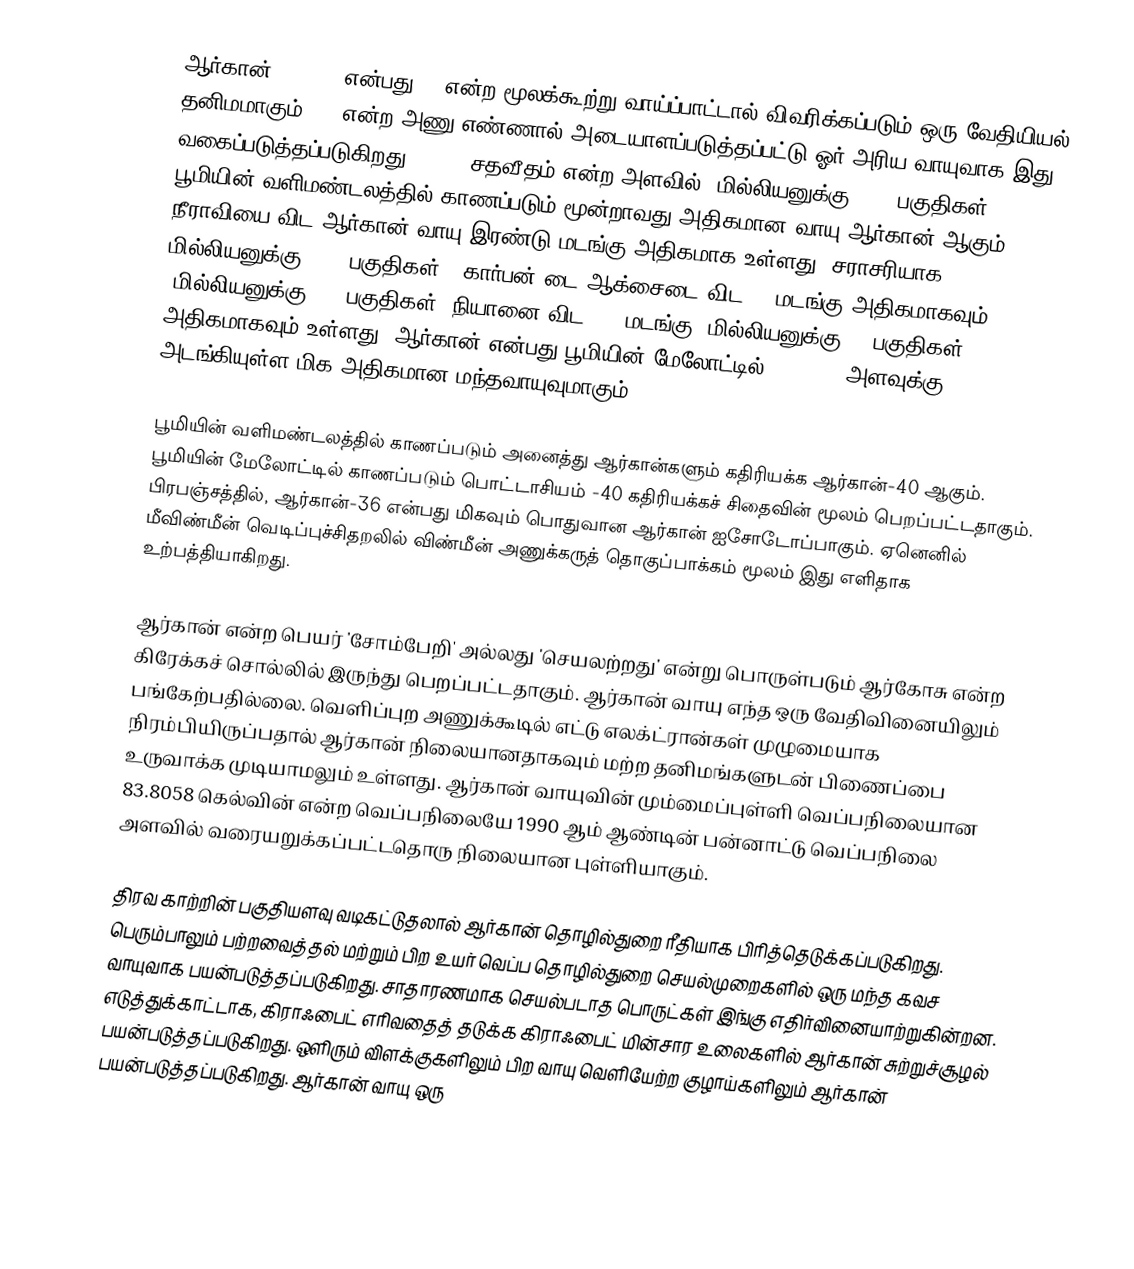
ஆர்கான் (Argon) என்பது Ar என்ற  மூலக்கூற்று வாய்ப்பாட்டால் விவரிக்கப்படும் ஒரு வேதியியல்  தனிமமாகும். 18 என்ற அணு எண்ணால் அடையாளப்படுத்தப்பட்டு ஓர் அரிய வாயுவாக இது வகைப்படுத்தப்படுகிறது.    0.934 சதவீதம் என்ற அளவில் (மில்லியனுக்கு 9340 பகுதிகள்) பூமியின் வளிமண்டலத்தில் காணப்படும் மூன்றாவது-அதிகமான வாயு ஆர்கான் ஆகும். நீராவியை விட ஆர்கான் வாயு இரண்டு மடங்கு அதிகமாக உள்ளது (சராசரியாக மில்லியனுக்கு 4000 பகுதிகள்). கார்பன் டை ஆக்சைடை விட 23 மடங்கு அதிகமாகவும் (மில்லியனுக்கு 400 பகுதிகள்)  நியானை விட 500 மடங்கு (மில்லியனுக்கு 18 பகுதிகள்) அதிகமாகவும் உள்ளது. ஆர்கான் என்பது பூமியின் மேலோட்டில் 0.00015% அளவுக்கு அடங்கியுள்ள மிக அதிகமான மந்தவாயுவுமாகும்.

பூமியின் வளிமண்டலத்தில் காணப்படும் அனைத்து ஆர்கான்களும் கதிரியக்க ஆர்கான்-40 ஆகும். பூமியின் மேலோட்டில் காணப்படும் பொட்டாசியம் -40 கதிரியக்கச் சிதைவின் மூலம் பெறப்பட்டதாகும்.  பிரபஞ்சத்தில், ஆர்கான்-36 என்பது மிகவும் பொதுவான ஆர்கான் ஐசோடோப்பாகும். ஏனெனில் மீவிண்மீன் வெடிப்புச்சிதறலில் விண்மீன் அணுக்கருத் தொகுப்பாக்கம் மூலம் இது எளிதாக உற்பத்தியாகிறது.

ஆர்கான் என்ற பெயர் 'சோம்பேறி' அல்லது 'செயலற்றது' என்று பொருள்படும்  ஆர்கோசு என்ற கிரேக்கச் சொல்லில் இருந்து பெறப்பட்டதாகும்.  ஆர்கான் வாயு எந்த ஒரு வேதிவினையிலும் பங்கேற்பதில்லை.  வெளிப்புற அணுக்கூடில் எட்டு எலக்ட்ரான்கள் முழுமையாக நிரம்பியிருப்பதால் ஆர்கான் நிலையானதாகவும் மற்ற தனிமங்களுடன் பிணைப்பை உருவாக்க முடியாமலும் உள்ளது. ஆர்கான் வாயுவின் மும்மைப்புள்ளி வெப்பநிலையான 83.8058 கெல்வின் என்ற வெப்பநிலையே 1990 ஆம் ஆண்டின் பன்னாட்டு  வெப்பநிலை அளவில் வரையறுக்கப்பட்டதொரு  நிலையான புள்ளியாகும்.

திரவ காற்றின் பகுதியளவு வடிகட்டுதலால் ஆர்கான் தொழில்துறை ரீதியாக பிரித்தெடுக்கப்படுகிறது. பெரும்பாலும் பற்றவைத்தல்   மற்றும் பிற உயர் வெப்ப  தொழில்துறை செயல்முறைகளில் ஒரு மந்த கவச வாயுவாக பயன்படுத்தப்படுகிறது. சாதாரணமாக செயல்படாத பொருட்கள் இங்கு எதிர்வினையாற்றுகின்றன. எடுத்துக்காட்டாக, கிராஃபைட் எரிவதைத் தடுக்க கிராஃபைட் மின்சார உலைகளில் ஆர்கான் சுற்றுச்சூழல் பயன்படுத்தப்படுகிறது. ஒளிரும் விளக்குகளிலும்  பிற வாயு வெளியேற்ற குழாய்களிலும் ஆர்கான் பயன்படுத்தப்படுகிறது. ஆர்கான் வாயு ஒரு